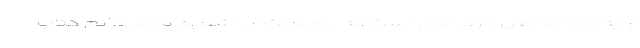
ارایه داد اما اصل حرف او در است که با مباحث آن آشنایم و نمی‌دانم کتاب